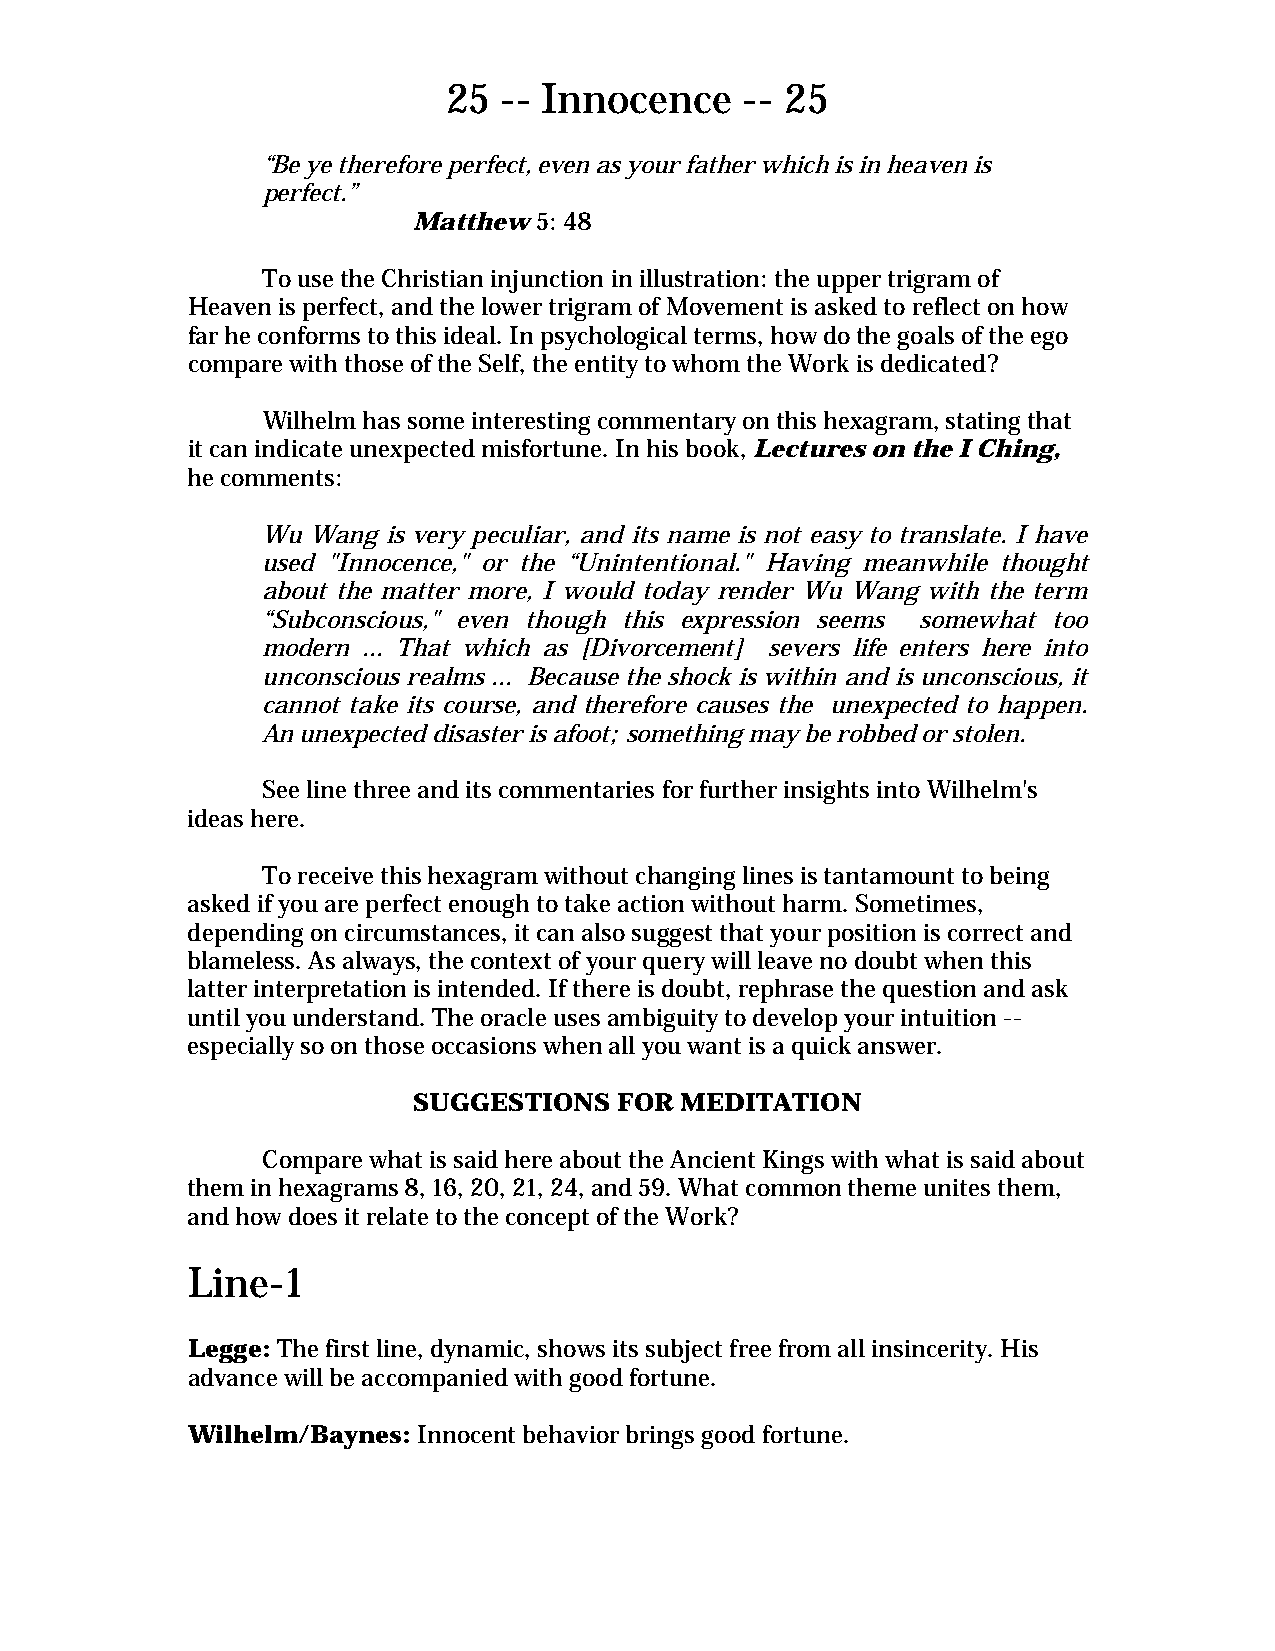
25 -- Innocence    -- 25
 “Be ye therefore perfect, even as your father which is in heaven is
 perfect.”
 Matthew 5: 48
 To use the Christian injunction in illustration: the upper trigram of
 Heaven is perfect, and the lower trigram of Movement is asked to reflect on how
 far he conforms to this ideal. In psychological terms, how do the goals of the ego
 compare with those of the Self, the entity to whom the Work is dedicated?
 Wilhelm has some interesting commentary on this hexagram, stating that
 it can indicate unexpected misfortune. In his book, Lectures on the I Ching,
 he comments:
 Wu Wang  is very peculiar, and its name is not easy to translate. I have
 used "Innocence," or the “Unintentional." Having meanwhile thought
 about the matter more, I would today render Wu Wang with the term
 “Subconscious," even though this expression seems somewhat too
 modern ... That which as [Divorcement] severs life enters here into
 unconscious realms ... Because the shock is within and is unconscious, it
 cannot take its course, and therefore causes the unexpected to happen.
 An unexpected disaster is afoot; something may be robbed or stolen.
 See line three and its commentaries for further insights into Wilhelm's
 ideas here.
 To receive this hexagram without changing lines is tantamount to being
 asked if you are perfect enough to take action without harm. Sometimes,
 depending on circumstances, it can also suggest that your position is correct and
 blameless. As always, the context of your query will leave no doubt when this
 latter interpretation is intended. If there is doubt, rephrase the question and ask
 until you understand. The oracle uses ambiguity to develop your intuition --
 especially so on those occasions when all you want is a quick answer.
 SUGGESTIONS   FOR MEDITATION
 Compare what is said here about the Ancient Kings with what is said about
 them in hexagrams 8, 16, 20, 21, 24, and 59. What common theme unites them,
 and how does it relate to the concept of the Work?
 Line-1
 Legge: The first line, dynamic, shows its subject free from all insincerity. His
 advance will be accompanied with good fortune.
 Wilhelm/Baynes: Innocent behavior brings good fortune.